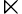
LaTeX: \ltimes